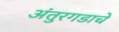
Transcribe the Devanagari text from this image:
अंतुरगडाचे